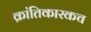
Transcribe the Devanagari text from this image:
क्रांतिकारकच